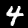
Digit: 4